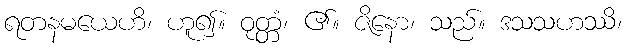
ရတနမယေဟိ၊ ဟူ၍။ ဝုတ္တံ၊ ၏။ ဇိနော၊ သည်။ ဒသသဟဿိ၊